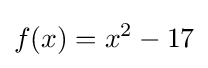
f(x)=x^{2}-17